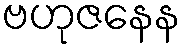
ဗဟုဇနေန